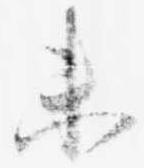
未